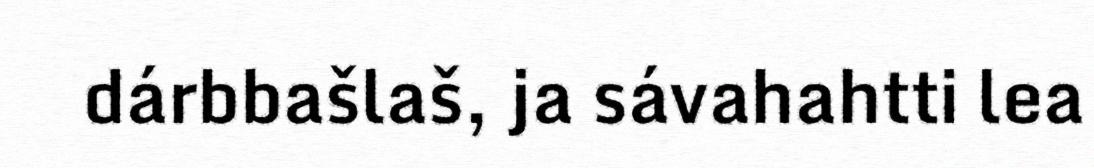
dárbbašlaš, ja sávahahtti lea